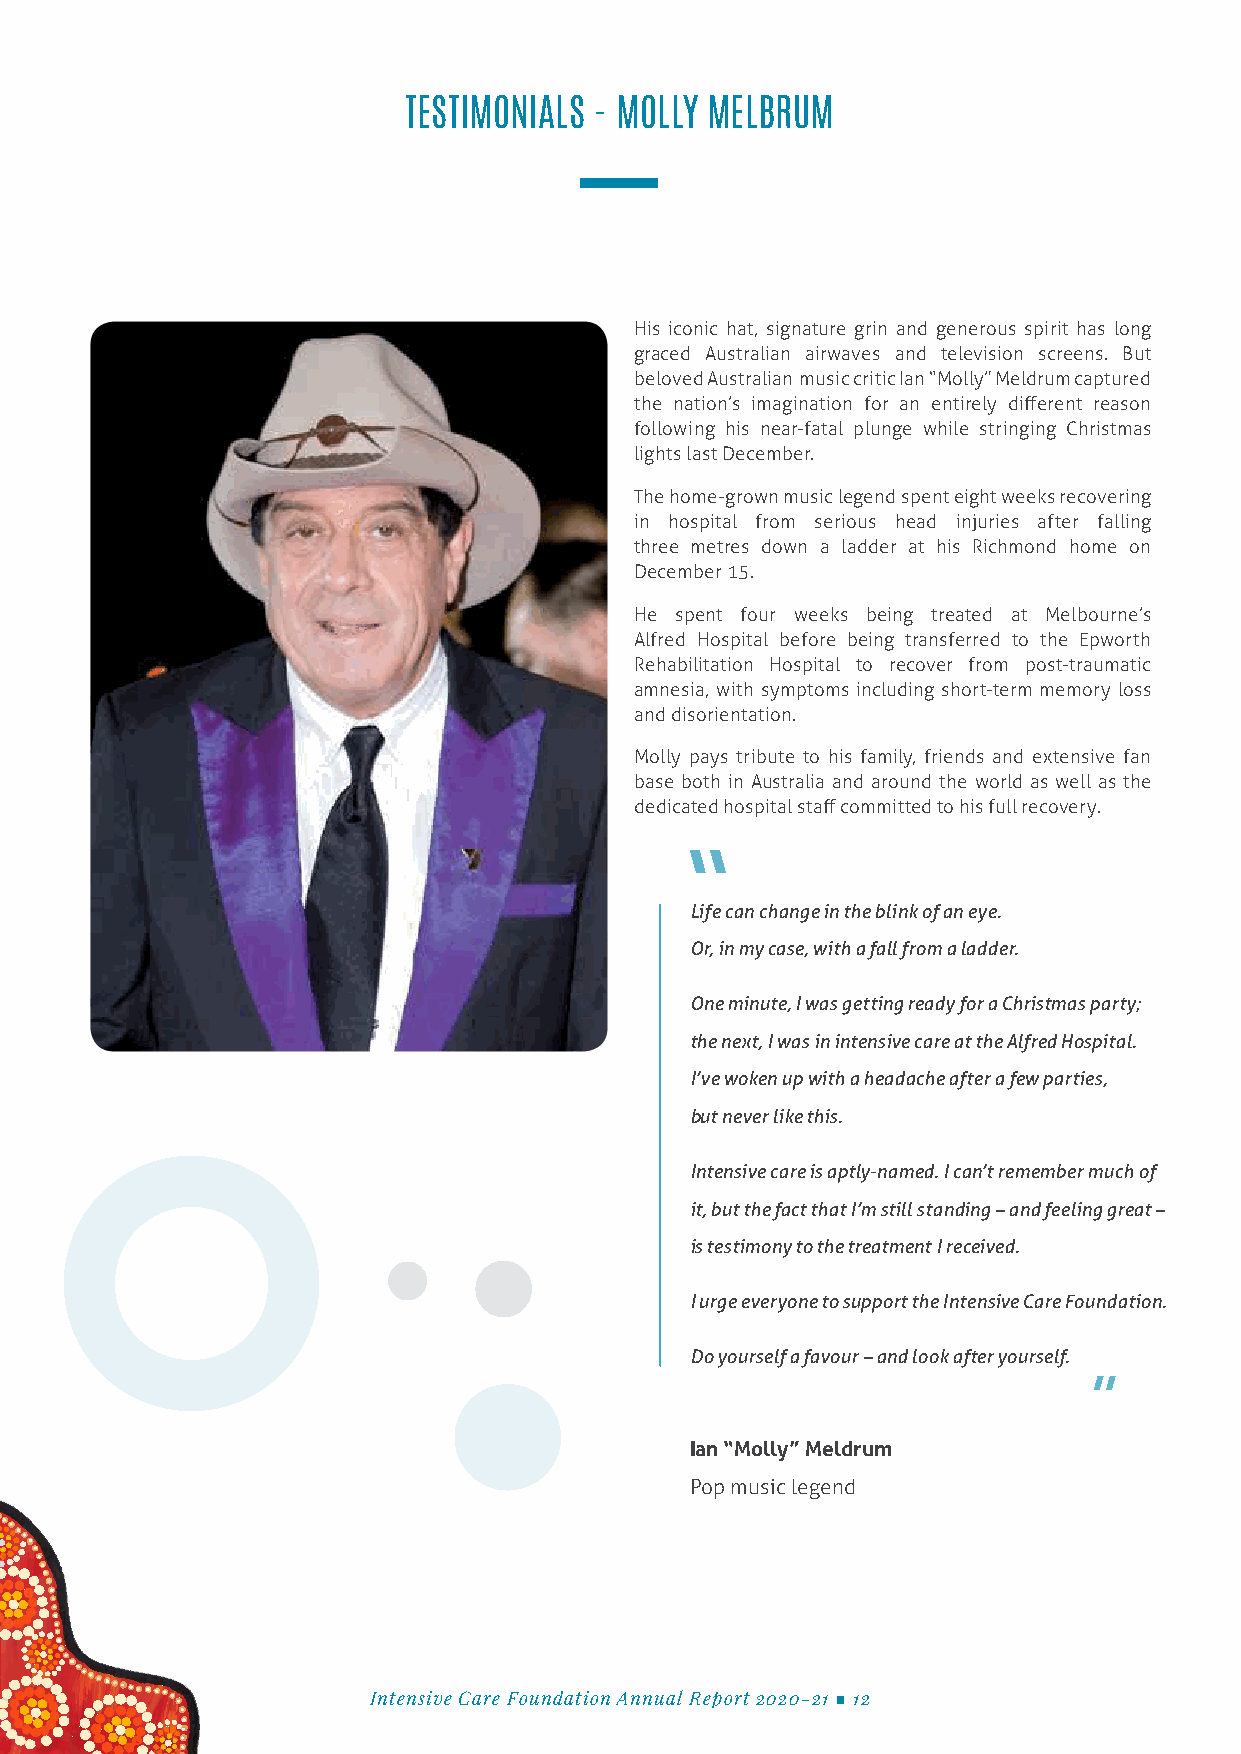
TESTIMONIALS - MOLLY MELBRUM
 His iconic hat, signature grin and generous spirit has long
 graced Australian airwaves and television screens. But
 beloved Australian music critic Ian “Molly” Meldrum captured
 the nation’s imagination for an entirely different reason
 following his near-fatal plunge while stringing Christmas
 lights last December.
 The home-grown music legend spent eight weeks recovering
 in hospital from serious head injuries after falling
 three metres down a ladder at his Richmond home on
 December 15.
 He spent four weeks being treated at Melbourne’s
 Alfred Hospital before being transferred to the Epworth
 Rehabilitation Hospital to recover from post-traumatic
 amnesia, with symptoms including short-term memory loss
 and disorientation.
 Molly pays tribute to his family, friends and extensive fan
 base both in Australia and around the world as well as the
 dedicated hospital staff committed to his full recovery.
 Life can change in the blink of an eye.
 Or, in my case, with a fall from a ladder.
 One minute, I was getting ready for a Christmas party;
 the next, I was in intensive care at the Alfred Hospital.
 I’ve woken up with a headache after a few parties,
 but never like this.
 Intensive care is aptly-named. I can’t remember much of
 it, but the fact that I’m still standing – and feeling great –
 is testimony to the treatment I received.
 I urge everyone to support the Intensive Care Foundation.
 Do yourself a favour – and look after yourself.
 Ian “Molly” Meldrum
 Pop music legend
 Intensive Care Foundation Annual Report 2020-21 ■ 12